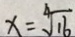
x = \sqrt [ 4 ] { 1 6 }